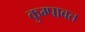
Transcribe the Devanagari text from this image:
कुम्पावत